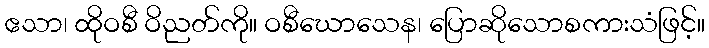
ဧသာ၊ ထိုဝစီ ဝိညတ်ကို။ ဝစီဃောသေန၊ ပြောဆိုသောစကားသံဖြင့်။